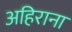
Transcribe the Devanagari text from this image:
अहिराना